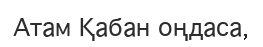
Атам Қабан оңдаса,